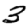
Digit: 3